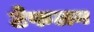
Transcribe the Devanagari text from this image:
टेफलन